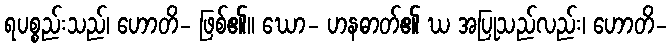
ရပစ္စည်းသည်၊ ဟောတိ- ဖြစ်၏။ ဃော- ဟနဓာတ်၏ ဃ အပြုသည်လည်း၊ ဟောတိ-